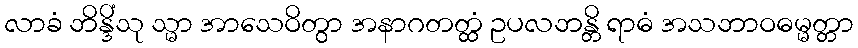
လာခံ ဘိန္ဒိံသု သ္မာ အာသေဝိတွာ အနာဂတတ္ထံ ဥပလဘန္တိ ရာဓံ အသဘာဝဓမ္မတ္တာ